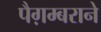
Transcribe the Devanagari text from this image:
पैग़म्बराने